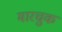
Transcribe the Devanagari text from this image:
मारचुक